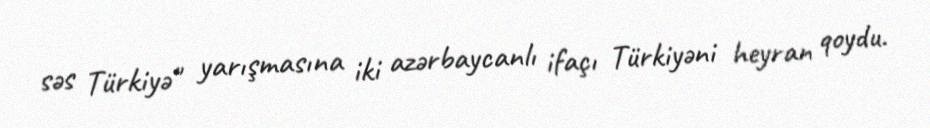
səs Türkiyə" yarışmasına iki azərbaycanlı ifaçı Türkiyəni heyran qoydu.